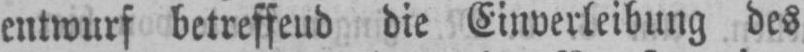
entwurf betreffend die Einverleibung des